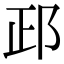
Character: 𨚣